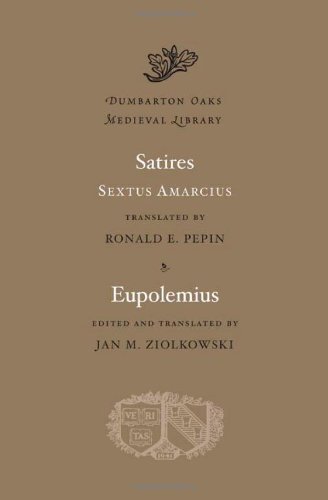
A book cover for Satires. Eupolemius (Dumbarton Oaks Medieval Library); Sextus Amarcius; Literature & Fiction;